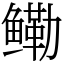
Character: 鳓